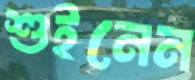
শুইনেন